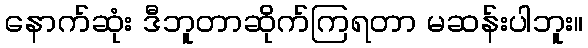
နောက်ဆုံး ဒီဘူတာဆိုက်ကြရတာ မဆန်းပါဘူး။